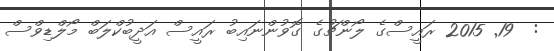
:  19